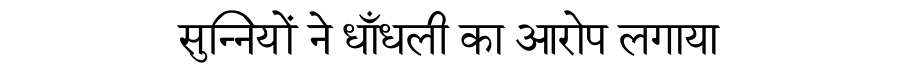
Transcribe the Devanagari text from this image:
सुन्नियों ने धाँधली का आरोप लगाया